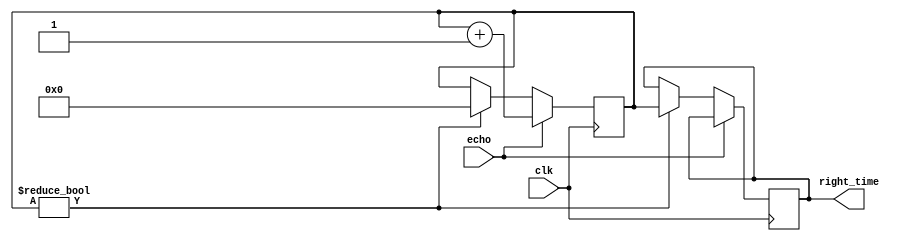
module avoid_obstacle_right(clk,echo,right_time);//,
input clk,echo;	//
output reg [19:0]right_time;	//

reg [19:0]count;
//reg [19:0]count_out;

always@(posedge clk)
begin
	if(echo)
	begin
		count<=count+1;
	end
	else
	begin
		if(count!=0)
		begin
			right_time<=count;//00
			count<=0;
		end
		else
		begin
//		right_time<=0;	//0000
		end
	end
end
/*
always@(negedge echo)
begin
	right_time<=count;
end
*/
endmodule